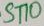
Text: ST10